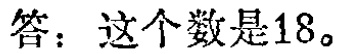
答：这个数是18。